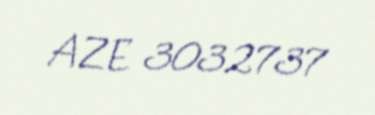
AZE 3032737